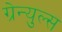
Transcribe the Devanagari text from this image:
ग्रेन्युल्स